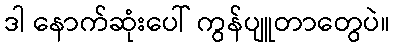
ဒါ နောက်ဆုံးပေါ် ကွန်ပျူတာတွေပဲ။